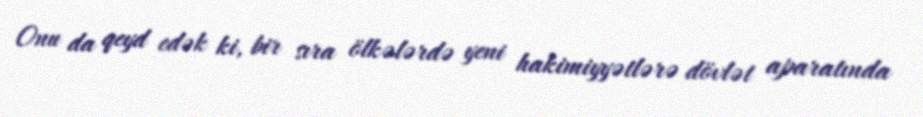
Onu da qeyd edək ki, bir sıra ölkələrdə yeni hakimiyyətlərə dövlət aparatında